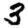
Digit: 3